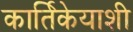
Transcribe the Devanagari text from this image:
कार्तिकेयाशी